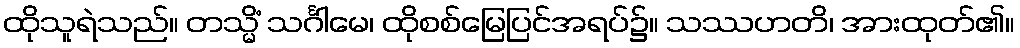
ထိုသူရဲသည်။ တသ္မိံ သင်္ဂါမေ၊ ထိုစစ်မြေပြင်အရပ်၌။ သဿဟတိ၊ အားထုတ်၏။